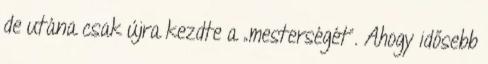
de utána csak újra kezdte a „mesterségét”. Ahogy idősebb